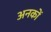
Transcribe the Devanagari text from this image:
अनकों